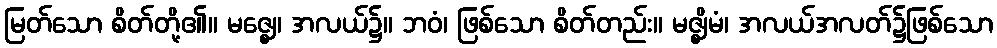
မြတ်သော စိတ်တို့၏။ မဇ္ဈေ၊ အလယ်၌။ ဘဝံ၊ ဖြစ်သော စိတ်တည်း။ မဇ္ဈိမံ၊ အလယ်အလတ်၌ဖြစ်သော